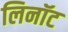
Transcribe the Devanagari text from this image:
लिनॉट